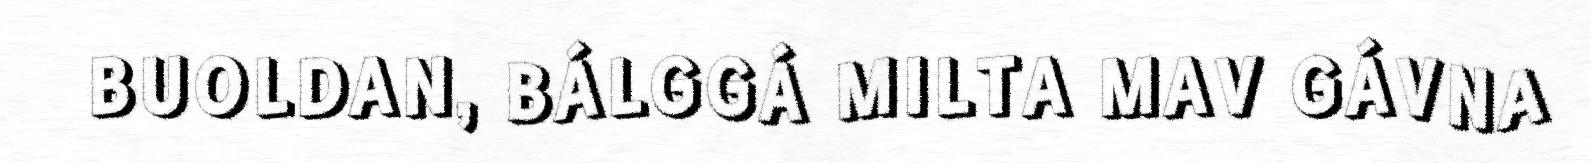
BUOLDAN, BÁLGGÁ MILTA MAV GÁVNA